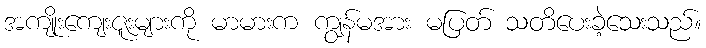
အကျိုးကျေးဇူးများကို မာမားက ကျွန်မအား မပြတ် သတိပေးခဲ့သေးသည်။